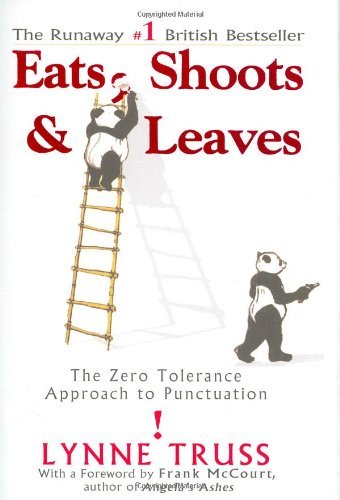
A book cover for Eats, Shoots & Leaves The Zero Tolerance Approach to Punctuation by Truss, Lynne [Gotham,2004] (Hardcover); Lynne Truss; Reference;